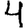
Digit: 4